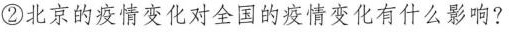
②北京的疫情变化对全国的疫情变化有什么影响?